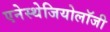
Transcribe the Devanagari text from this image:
एनेस्थेजियोलॉजी